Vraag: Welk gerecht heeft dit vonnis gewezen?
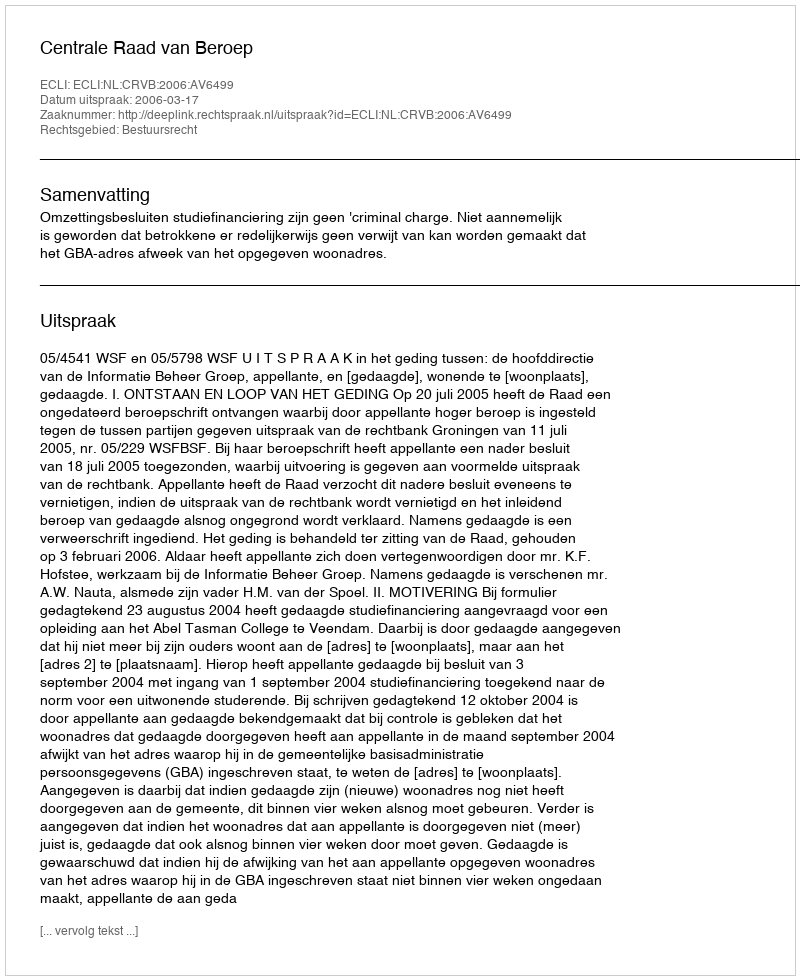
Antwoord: Centrale Raad van Beroep